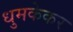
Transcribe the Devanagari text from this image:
धुमकेकर